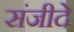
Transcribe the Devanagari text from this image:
संजीदे